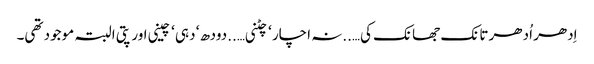
اِدھر اُدھر تانک جھانک کی…..نہ اچار ‘ چٹنی…..دودھ ‘ دہی ‘ چینی اور پتی البتہ موجود تھی۔